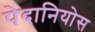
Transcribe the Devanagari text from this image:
पेदानियोस